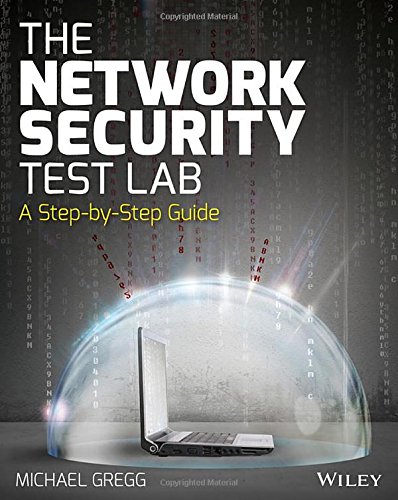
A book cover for The Network Security Test Lab: A Step-by-Step Guide; Michael Gregg; Computers & Technology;